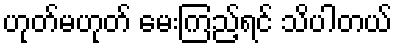
ဟုတ်မဟုတ် မေးကြည့်ရင် သိပါတယ်